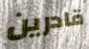
قادرين